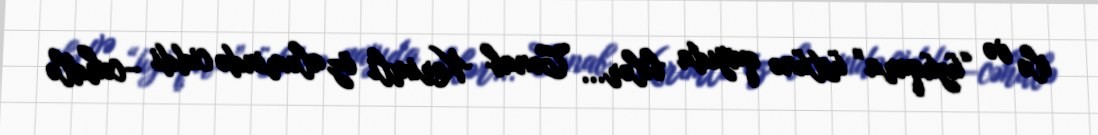
ilə və “üzüqara” üstünə qayıda bilər... Cənab Kərimli öz aləmində ciddi –cəhdlə